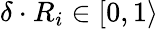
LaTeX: \delta\cdot R_{i}\in[0,1\rangle